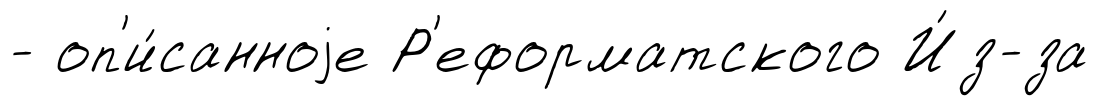
- оп'и́санноjе Р'еформатского И́з-за